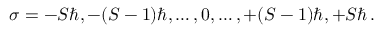
\sigma = - S \hbar , - ( S - 1 ) \hbar , \dots , 0 , \dots , + ( S - 1 ) \hbar , + S \hbar \, .